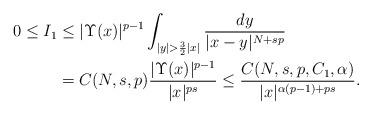
LaTeX: \begin{align*} \begin{aligned} 0\le I_1&\le |\Upsilon(x)|^{p-1}\int_{|y|>\frac{3}{2}|x|} \dfrac{dy}{|x-y|^{N+sp}}\\ &=C(N,s,p)\dfrac{|\Upsilon(x)|^{p-1}}{|x|^{ps}} \le \dfrac{C(N,s,p,C_1,\alpha)}{|x|^{\alpha(p-1)+ps}}. \end{aligned} \end{align*}